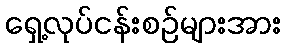
ရှေ့လုပ်ငန်းစဉ်များအား